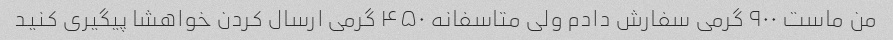
من ماست ۹۰۰ گرمی سفارش دادم ولی متاسفانه ۴۵۰ گرمی ارسال کردن خواهشا پیگیری کنید